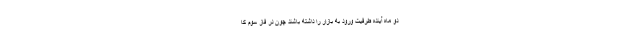
دو ماه آینده طرفیت ورود به بازار را داشته باشند چون در فاز سوم کا